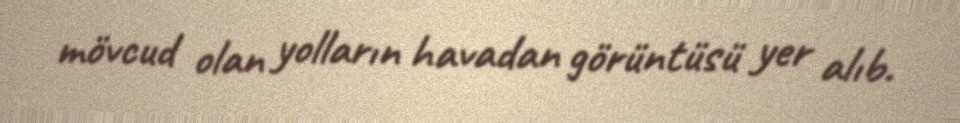
mövcud olan yolların havadan görüntüsü yer alıb.